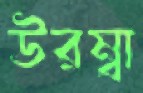
উরম্বা